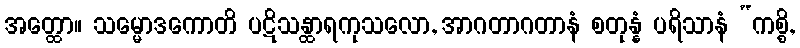
အတ္ထော။ သမ္မောဒကောတိ ပဋိသန္ထာရကုသလော, အာဂတာဂတာနံ စတုန္နံ ပရိသာနံ “ကစ္စိ,